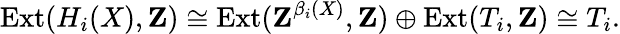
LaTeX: \operatorname{Ext}(H_{i}(X),\mathbf{Z})\cong\operatorname{Ext}(\mathbf{Z}^{\beta_{i}(X)},\mathbf{Z})\oplus\operatorname{Ext}(T_{i},\mathbf{Z})\cong T_{i}.